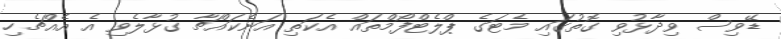
ޑޭވިސް ވިދާޅުވި ގޮތުގައި މެޓަގެ ޕްލެޓްފޯމްތައް އެކަތި އަނެކައްޗާ ގުޅާލެވި އެ އެއްޗެހި